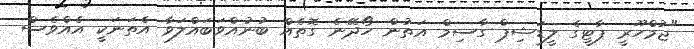
"ޖުމްހޫރީ ޕާޓީގެ ލީޑަޝިޕް ގާސިމް އަތުން ހޯދޭނެ ގޮތެއް ބުނުއްވަބައްލަވާ އެތަނަކީ އެއްވެސް